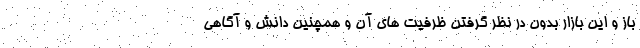
باز و این بازار بدون در نظر گرفتن ظرفیت های آن و همچنین دانش و آگاهی